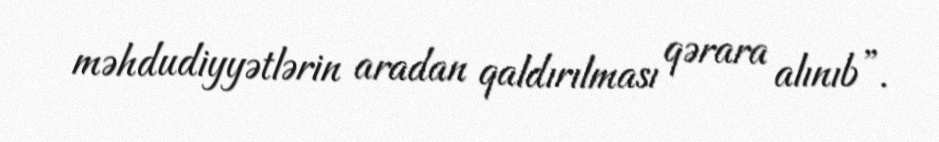
məhdudiyyətlərin aradan qaldırılması qərara alınıb”.